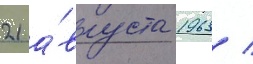
21 а́вгуста 1963 /